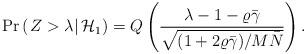
LaTeX: \begin{align*} {\rm Pr} \left( \left. Z > \lambda \right| \mathcal{H}_1 \right) = Q \left( \frac{ \lambda - 1 - \varrho \bar{\gamma} }{ \sqrt{ ( 1 + 2\varrho \bar{\gamma} ) / M \bar{N} } } \right) . \end{align*}